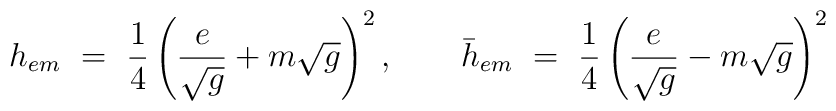
h_{em}~=~{1\over 4}\left({e\over\sqrt{g}}+m\sqrt{g}\right)^2,\qquad\bar{h}_{em}~=~{1\over 4}\left({e\over\sqrt{g}}-m\sqrt{g}\right)^2